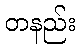
တနည်း